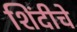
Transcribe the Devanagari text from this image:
शिंदीचे